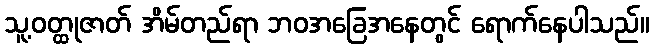
သူ့ဝတ္ထုဇာတ် အိမ်တည်ရာ ဘဝအခြေအနေတွင် ရောက်နေပါသည်။